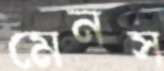
মেনস